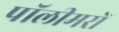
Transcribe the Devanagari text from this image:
पॉलीमरों